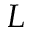
L